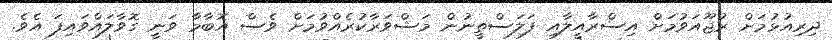
ދިރިއުޅުމަށް ރުޖޫއަވުމަށް އިސްރާއީލާއި ފަލަސްތީނުން މަޝްވަރާކުރެއްވުމަށް ވެސް އޮބާމާ ވަނީ ގޮވާލައްވައިފަ އެވެ.